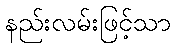
နည်းလမ်းဖြင့်သာ